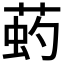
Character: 𦵈